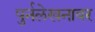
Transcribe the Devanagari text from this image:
पुर्नलेखनावर